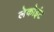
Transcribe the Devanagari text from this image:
लेकोइंट